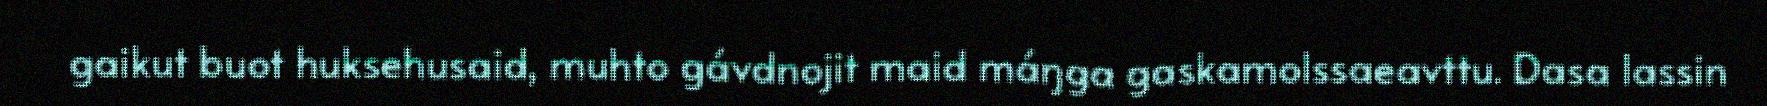
gaikut buot huksehusaid, muhto gávdnojit maid máŋga gaskamolssaeavttu. Dasa lassin